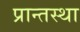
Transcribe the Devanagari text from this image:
प्रान्तस्था